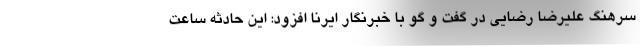
سرهنگ علیرضا رضایی در گفت و گو با خبرنگار ایرنا افزود: این حادثه ساعت